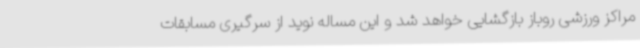
مراکز ورزشی روباز بازگشایی خواهد شد و این مساله نوید از سرگیری مسابقات